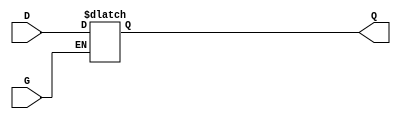
module gated_latch (
    input wire D,    // Data Input
    input wire G,    // Gate/Control Input
    output reg Q     // Output
);

// Always block sensitive to the control signal and data input
always @(*) begin
    if (G) begin
        // When Gate is high, output follows the input
        Q = D;
    end else begin
        // When Gate is low, output holds its value
        // Q retains its previous state (default behavior of reg)
        Q = Q;
    end
end

endmodule